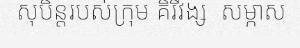
សុបិន្តរបស់ក្រុម គិរីវង្ស  សម្ភាស